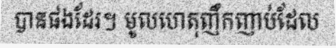
បានផងដែរ។ មូលហេតុញឹកញាប់ដែល